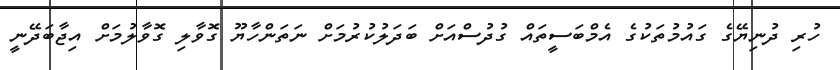
ހުރި ދުނިޔޭގެ ގައުމުތަކުގެ އެމްބަސީތައް ގުދުސްއަށް ބަދަލުކުރުމަށް ނަތަންހާޔޫ ގޮވާލި ގޮވާލުމަށް އިޖާބަދޭނީ